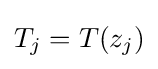
{T_{j}=T(z_{j})}